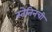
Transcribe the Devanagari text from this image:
स्तेतिनची